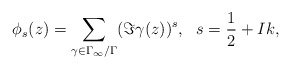
\begin{align*}\phi_s(z)=\sum_{\gamma \in \Gamma_{\infty}/\Gamma} (\Im\gamma(z))^s, ~~s=\frac{1}{2}+I k, \end{align*}